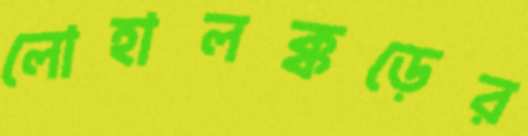
লোহালক্কড়ের